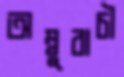
অম্বুবাচী